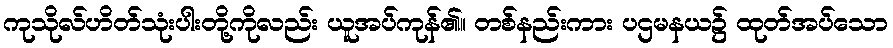
ကုသိုလ်ဟိတ်သုံးပါးတို့ကိုလည်း ယူအပ်ကုန်၏။ တစ်နည်းကား ပဌမနယ၌ ထုတ်အပ်သော